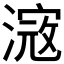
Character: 𣻎